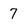
Character: 7